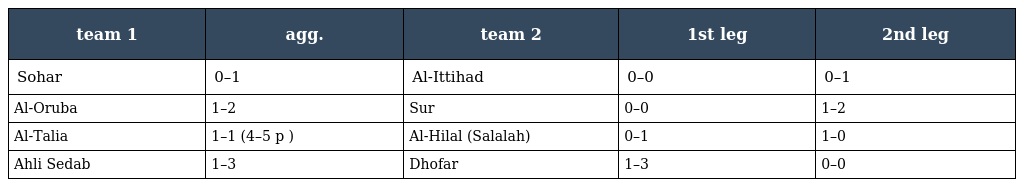
| team 1 | agg. | team 2 | 1st leg | 2nd leg |
 | --- | --- | --- | --- | --- |
 | Sohar | 0–1 | Al-Ittihad | 0–0 | 0–1 |
 | Al-Oruba | 1–2 | Sur | 0–0 | 1–2 |
 | Al-Talia | 1–1 (4–5 p ) | Al-Hilal (Salalah) | 0–1 | 1–0 |
 | Ahli Sedab | 1–3 | Dhofar | 1–3 | 0–0 |